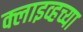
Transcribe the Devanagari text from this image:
क्लाइव्हच्या